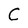
Character: C